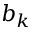
b _ { k }